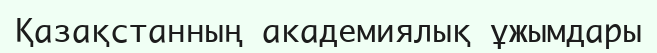
Қазақстанның академиялық ұжымдары